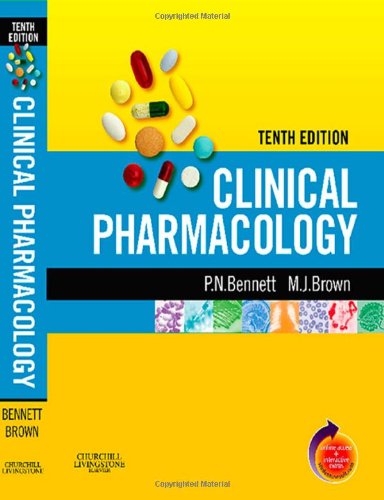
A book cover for Clinical Pharmacology: With STUDENTCONSULT Access, 10e; Peter N. Bennett MD FRCP DPMSA; Medical Books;